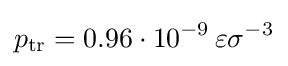
p_{\mathrm {tr} }=0.96\cdot 10^{-9}\,\varepsilon \sigma ^{-3}